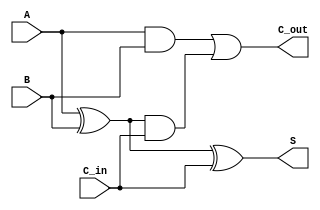
module FullAdder (
    input A,
    input B,
    input C_in,
    output S,
    output C_out
);
    assign S = A ^ B ^ C_in; // Sum output
    assign C_out = (A & B) | ((A ^ B) & C_in); // Carry output
endmodule